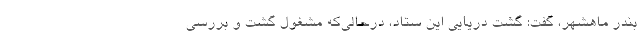
بندر ماهشهر، گفت: گشت دریایی این ستاد، درحالی‌که مشغول گشت و بررسی